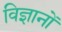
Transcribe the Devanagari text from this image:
विज्ञानों